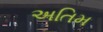
અતિમ